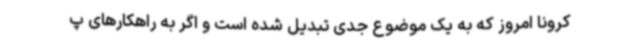
کرونا امروز که به یک موضوع جدی تبدیل شده است و اگر به راهکارهای پ